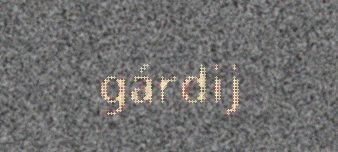
gárdij